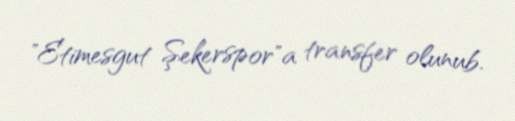
"Etimesgut Şekerspor"a transfer olunub.